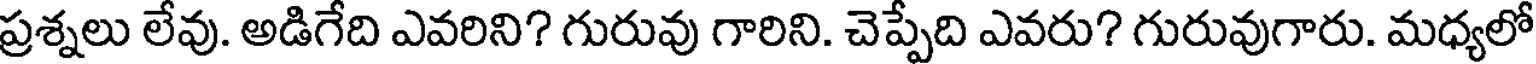
ప్రశ్నలు లేవు. అడిగేది ఎవరిని? గురువు గారిని. చెప్పేది ఎవరు? గురువుగారు. మధ్యలో